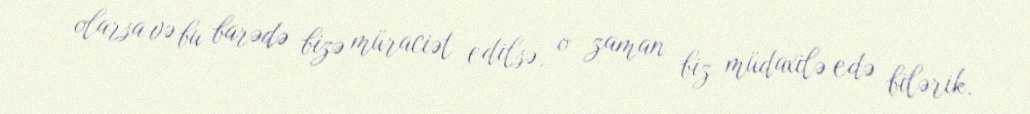
olarsa və bu barədə bizə müraciət edilsə, o zaman biz müdaxilə edə bilərik.